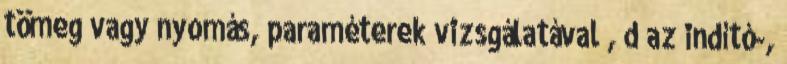
tömeg vagy nyomás, paraméterek vizsgálatával , d az indító-,